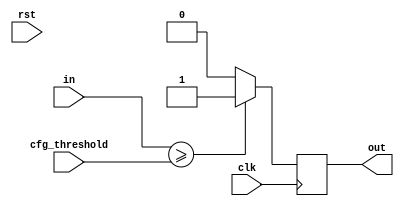
/********************************************************************************
// @project       Object Detection & Tracking Uint(ODTU)
// @filename      args_binary.v
// @author        3book
// @description   Binary process
// @created       2019-07-26T11:44:59.547Z+08:00
// @copyright     Copyright (c) 2019 
// @last-modified 2020-03-31T22:18:17.813Z+08:00
*******************************************************************************/
`timescale 1ns/100ps
module args_binary #(                           
parameter IW = 10   ,//in data width 
parameter OW = 1     //out data width
)(
input           clk,
input           rst,
input [IW-1:0]  in,//in data    
output[OW-1:0]  out,//out data    
//register
input  [IW-1:0]   cfg_threshold
);
reg [OW-1:0]  do_r;
always @(posedge clk ) begin
    if(in>=cfg_threshold)begin
        do_r <= {OW{1'b1}};
    end else begin
        do_r <= {OW{1'b0}};
    end
end
assign out = do_r;
endmodule